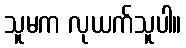
သူမက လုယက်သူပါ။